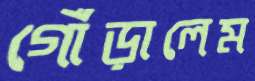
গোঁড়ালেম